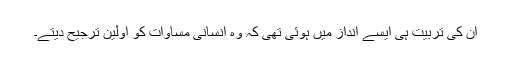
ان کی تربیت ہی ایسے انداز میں ہوئی تھی کہ وہ انسانی مساوات کو اولین ترجیح دیتے۔